Mental hospitals Bombay report 1929-33 - 1929-1933
Year: 1929
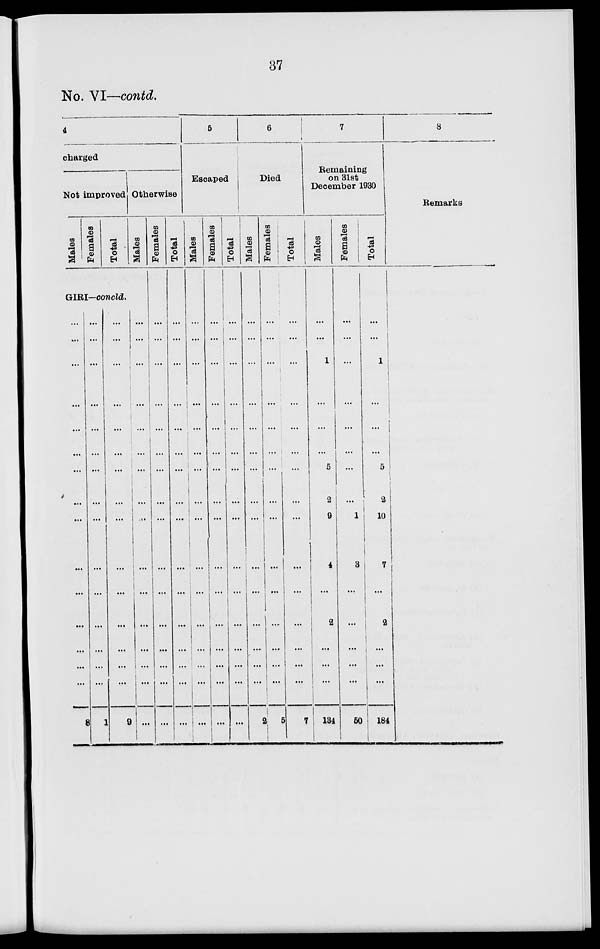
37
No. VI—contd.
4
charged
Not improved
Males
Females
Total
GIRI—concld.
...
...
...
...
...
...
...
...
...
...
...
...
...
...
...
8
...
...
...
...
...
...
...
...
...
...
...
...
...
...
1
...
...
...
...
...
...
...
...
...
...
...
...
...
...
...
9
Otherwise
Males
...
...
...
...
...
...
...
...
...
...
...
...
...
...
...
Females
...
...
...
...
...
...
...
...
...
...
...
...
...
...
...
...
Total
...
...
...
...
...
...
...
...
...
...
...
...
...
...
...
...
5
Escaped
Males
...
...
...
...
...
...
...
...
...
...
...
...
...
...
...
...
Females
...
...
...
...
...
...
...
...
...
...
...
...
...
...
...
...
Total
...
...
...
...
...
...
...
...
...
...
...
...
...
...
...
...
6
Died
Males
...
...
...
...
...
...
...
...
...
...
...
...
...
...
...
2
Females
...
...
...
...
...
...
...
...
...
...
...
...
...
...
...
5
Total
...
...
...
...
...
...
...
...
...
...
...
...
...
...
...
7
7
Remaining
on 31st
December 1930
Males
...
...
1
...
...
...
5
2
9
4
...
2
...
...
...
134
Females
...
...
...
...
...
...
...
...
1
3
...
...
...
...
...
50
Total
...
...
1
...
...
...
5
2
10
7
...
2
...
...
...
184
8
Remarks